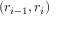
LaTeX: ( r _ { i - 1 } , r _ { i } )